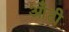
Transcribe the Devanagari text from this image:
आँटी